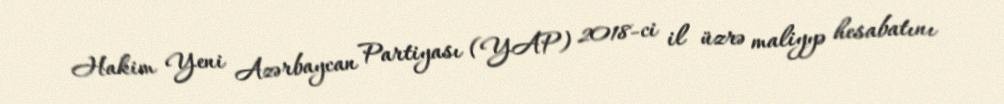
Hakim Yeni Azərbaycan Partiyası (YAP) 2018-ci il üzrə maliyyə hesabatını